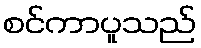
စင်ကာပူသည်